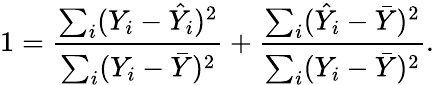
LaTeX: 1={\frac{\sum_{i}(Y_{i}-{\hat{Y}}_{i})^{2}}{\sum_{i}(Y_{i}-{\bar{Y}})^{2}}}+{\frac{\sum_{i}({\hat{Y}}_{i}-{\bar{Y}})^{2}}{\sum_{i}(Y_{i}-{\bar{Y}})^{2}}}.